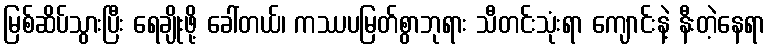
မြစ်ဆိပ်သွားပြီး ရေချိုးဖို့ ခေါ်တယ်၊ ကဿပမြတ်စွာဘုရား သီတင်းသုံးရာ ကျောင်းနဲ့ နီးတဲ့နေရာ